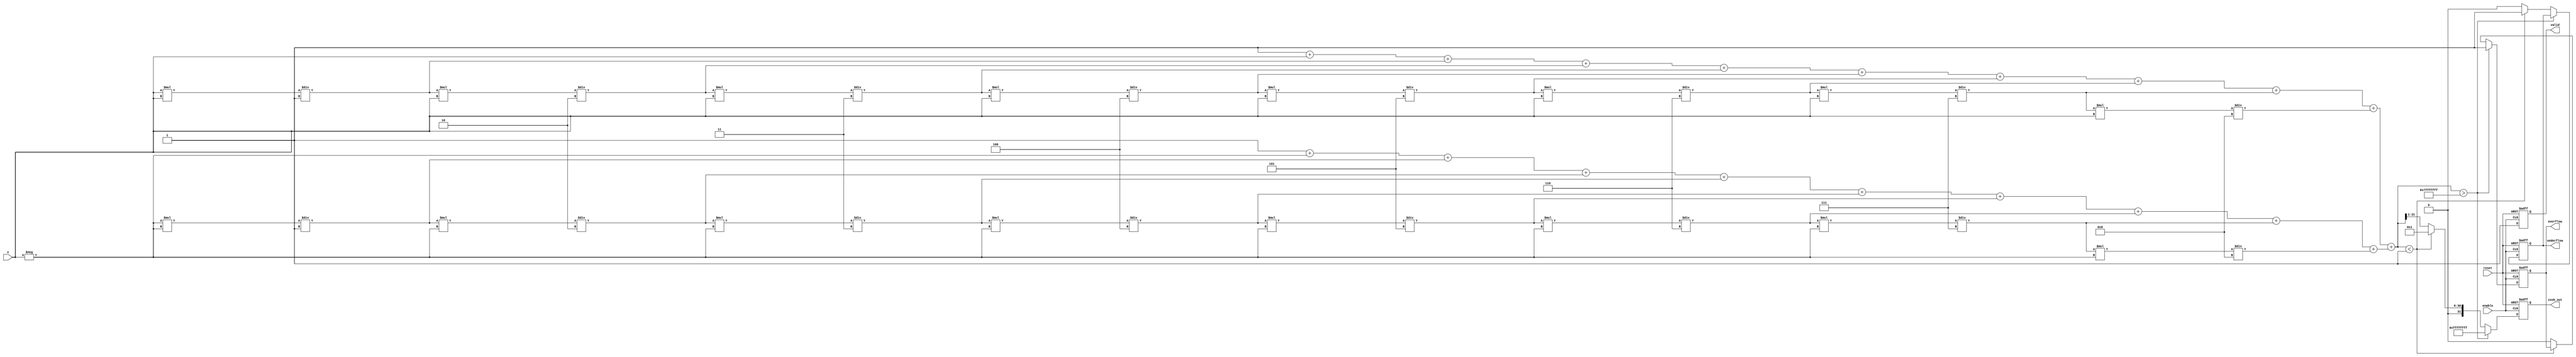
module hyperbolic_cosh #(
    parameter WIDTH = 32,          // Configurable width
    parameter EXP_WIDTH = 16       // Width for exponent in floating-point representation
)(
    input  wire [WIDTH-1:0] x,    // Input signal
    input  wire enable,             // Enable signal
    input  wire reset,              // Asynchronous reset
    output reg [WIDTH-1:0] cosh_out,// Output signal for cosh(x)
    output reg valid,               // Output valid signal
    output reg overflow,            // Overflow flag
    output reg underflow            // Underflow flag
);

    // Internal signals
    reg [WIDTH-1:0] exp_x;         // e^x
    reg [WIDTH-1:0] exp_neg_x;     // e^(-x)
    reg [WIDTH-1:0] temp_cosh;     // Temporary result for cosh calculation

    // Exponential function approximation (simple implementation)
    function [WIDTH-1:0] exp_func;
        input [WIDTH-1:0] value;
        reg [WIDTH-1:0] result;
        reg [WIDTH-1:0] term;
        integer i;
        begin
            result = 32'h00000001; // e^0 = 1
            term = value;          // First term is x
            for (i = 1; i < 10; i = i + 1) begin // 10 terms for approximation
                result = result + term;
                term = term * value / i; // Calculate term = x^i / i!
            end
            exp_func = result;
        end
    endfunction

    // Main computation block
    always @(posedge enable or posedge reset) begin
        if (reset) begin
            cosh_out <= 0;
            valid <= 0;
            overflow <= 0;
            underflow <= 0;
        end else begin
            // Compute e^x and e^(-x)
            exp_x = exp_func(x);
            exp_neg_x = exp_func(-x);

            // Compute cosh(x) = (e^x + e^(-x)) / 2
            temp_cosh = exp_x + exp_neg_x;

            // Check for overflow/underflow (simple checks)
            if (temp_cosh > {1'b0, {WIDTH-1{1'b1}}}) begin
                overflow <= 1;
                cosh_out <= {WIDTH{1'b1}}; // Saturate to max value
            end else if (temp_cosh < 32'h00000001) begin
                underflow <= 1;
                cosh_out <= 32'h00000001; // Saturate to min value
            end else begin
                overflow <= 0;
                underflow <= 0;
                cosh_out <= temp_cosh >> 1; // Divide by 2
            end

            valid <= 1; // Output is valid
        end
    end

endmodule